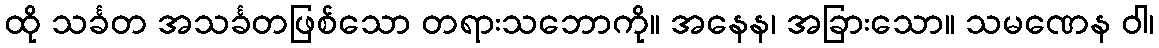
ထို သင်္ခတ အသင်္ခတဖြစ်သော တရားသဘောကို။ အနေန၊ အခြားသော။ သမဏေန ဝါ၊